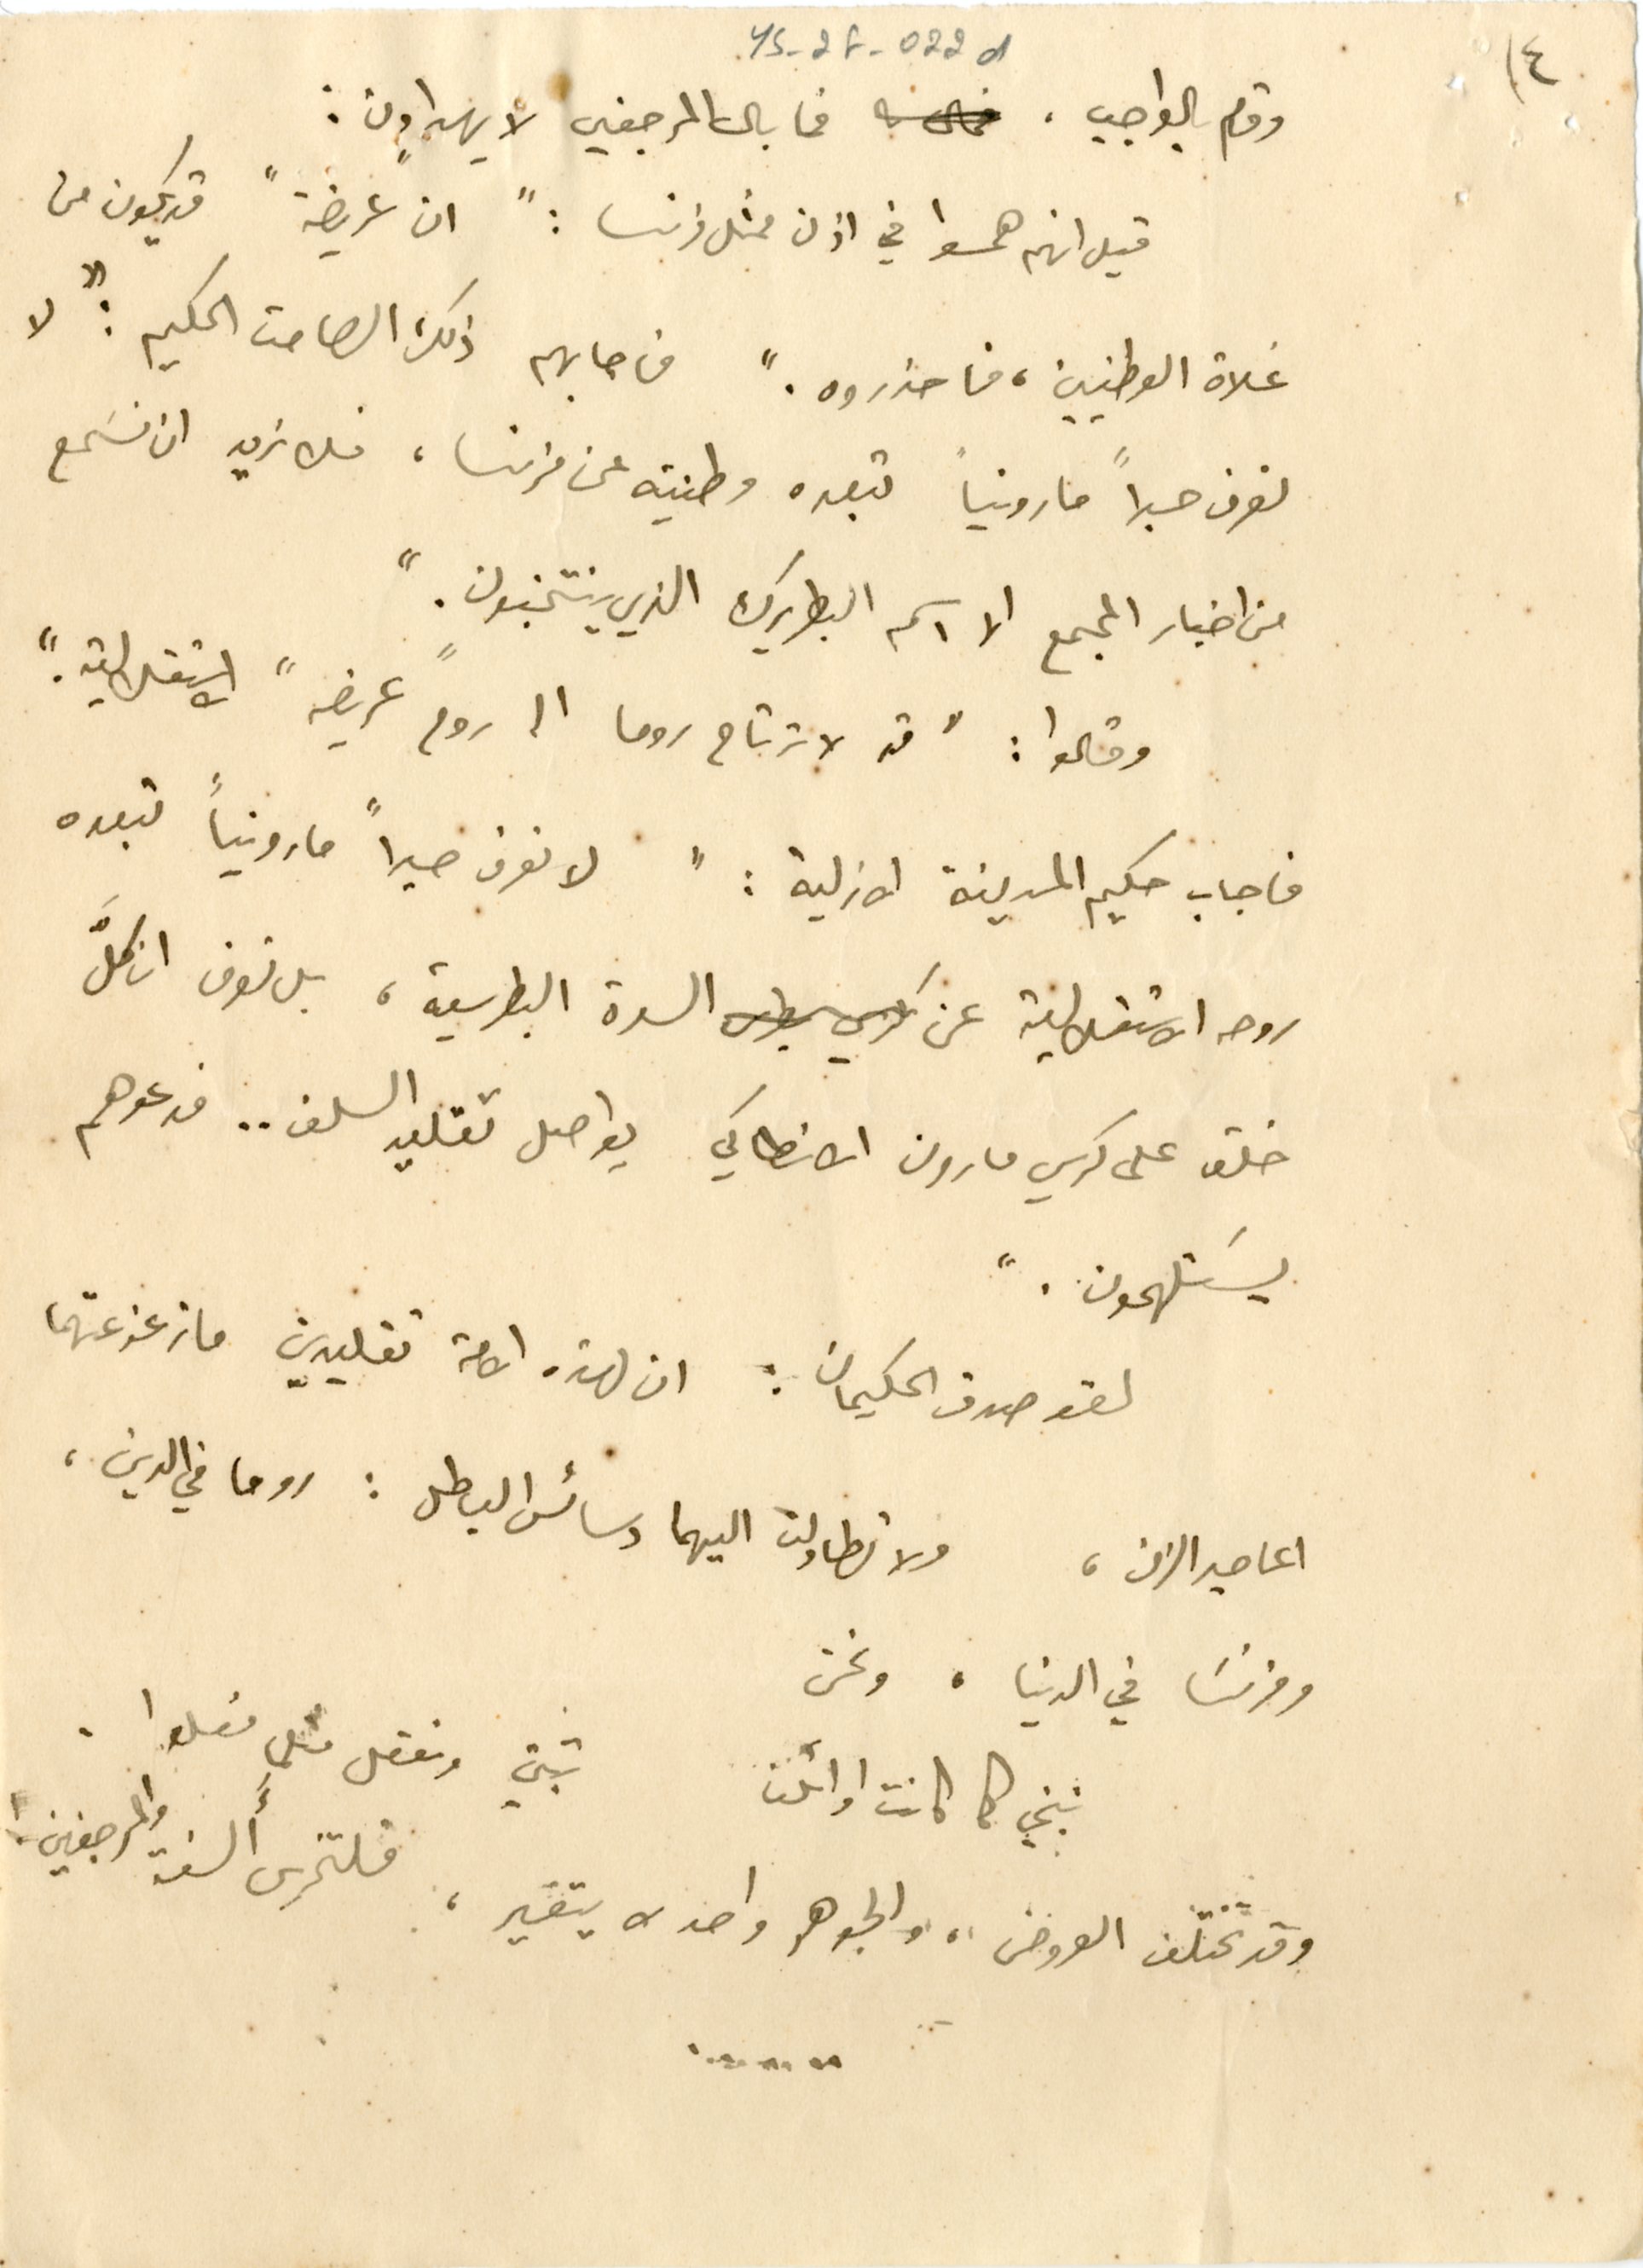
YS_2F_022d		٤
وقام بالواجب، فما بال المرجعين لا يهداون :
قيل انهم همسوا في اذن ممثل فرنسا : " ان "عريضة" قد يكون من
غلاة الوطنيين، فاحذروه." فاجابهم ذلك الصامت الحكيم: "لا
نعرف حبرا" مارونيا" تبعده وطنيته عن فرنسا، فلا نريد ان نسَمع
من اخبار المجمع الا اسم البطريرك الذي ينتخبون."
وقالوا: "قد لا ترتاح روما الى "روح عريضه" الاستقلالية."
فاجاب حكيم المدينة الازلية : " لا نعرف حبراً مارونياً تبعده
روحه الاستقلالية عن السدة البطرسية، بل نعرف ان كلَّ
خلق على كرسي مارون الانطاكي يواصل تقليد السلف ... فدعوهم
يسَتلهمون."
لقد صدق الحكيمان : ان لهذه الامة تقليدين ما زعزعتهما
اعاصير الزمن، ولا تطاولت اليهما دسائس الباطل : روحا في الدين،
وفرنسَا في الدنيا، ونحن
نبني كما كانت اوائلنا 		تبني وتفعل مثلما فعلوا.
وقد تختلف العروض، والجوهر واحد لا يتغير، فلتخرسِ أَلسنةُ المرجفين !